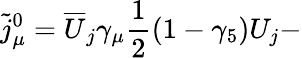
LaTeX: \widetilde{j}_{\mu}^{0}=\overline{{{U}}}_{j}\gamma_{\mu}\frac 12(1-\gamma_{5})U_{j}-